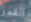
القمر